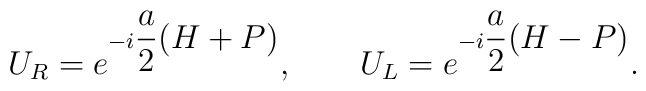
U_{R}=e^{-i\displaystyle\frac{a}{2}(H+P)},\qquad U_{L}=e^{-i\displaystyle\frac{a}{2}(H-P)}.